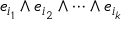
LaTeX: e _ { i _ { 1 } } \wedge e _ { i _ { 2 } } \wedge \cdots \wedge e _ { i _ { k } }